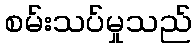
စမ်းသပ်မှုသည်